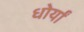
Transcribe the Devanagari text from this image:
धोर्यां